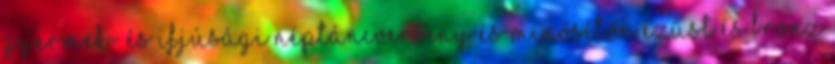
Gyermek- és Ifjúsági Néptáncverseny és Minősítőn ezüst és bronz